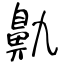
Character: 鼽